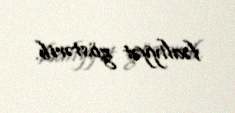
fəaliyyət göstərib.